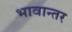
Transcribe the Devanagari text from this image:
भावान्तर